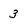
Character: 3